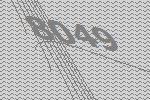
8049